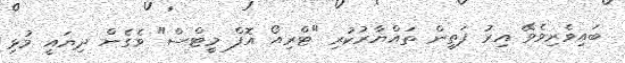
ބައިވެރިވެވޭ އިރު ފަތީން ތައްޔާރުކުރި "ޓްރިއޯ އޮފް މީޓްސް" ވެގެން ދިޔައީ މުޅި